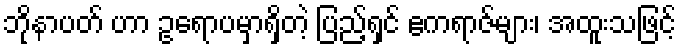
ဘိုနာပတ် ဟာ ဥရောပမှာရှိတဲ့ ပြည့်ရှင် ဧကရာဇ်များ၊ အထူးသဖြင့်